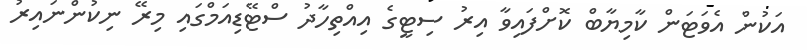
އަކުން އެވަޓަން ކާމިޔާބް ކޮށްފައިވާ އިރު ސިޓީގެ އިއްތިހާދު ސްޓޭޑިއަމްގައި މިރޭ ނިކުންނައިރު